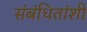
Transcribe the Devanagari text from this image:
संबंधितांशी